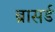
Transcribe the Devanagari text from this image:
ब्रासर्ड